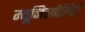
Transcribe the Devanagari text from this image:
म्यूनिसपैलिटी